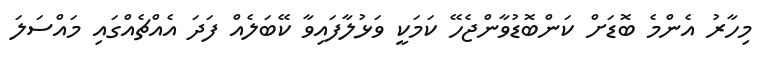
މިހާރު އެންމެ ބޮޑަށް ކަންބޮޑުވާންޖެހޭ ކަމަކީ ވަޅުލާފައިވާ ކޭބަލެއް ފަދަ އެއްޗެއްގައި މައްސަލަ